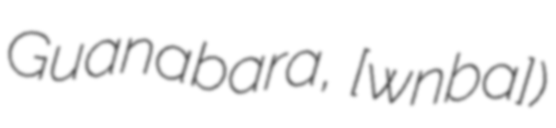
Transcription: Guanabara, [ɡwɐ̃nɐˈbaɾɐ])